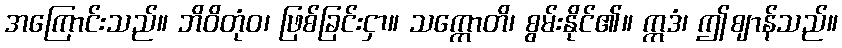
အကြောင်းသည်။ ဘိဝိတုံဝ၊ ဖြစ်ခြင်းငှာ။ သက္ကောတိ၊ စွမ်းနိုင်၏။ ဣဒံ၊ ဤဈာန်သည်။